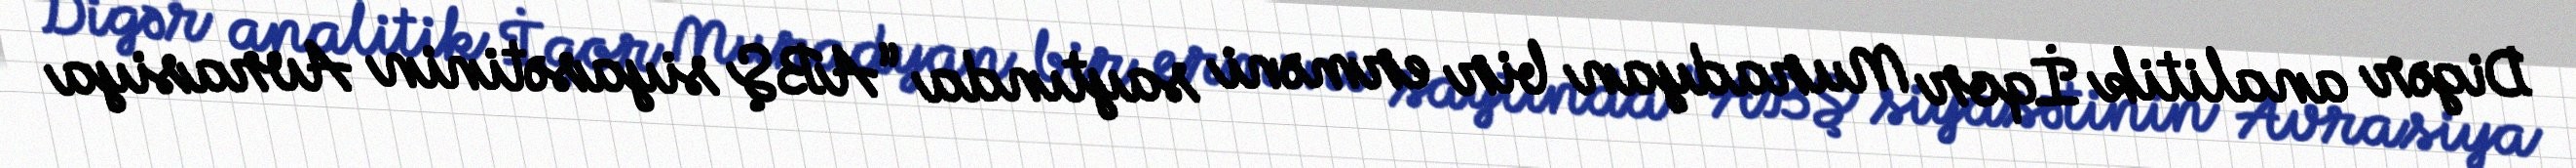
Digər analitik İqor Muradyan bir erməni saytında “ABŞ siyasətinin Avrasiya